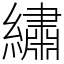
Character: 繡